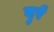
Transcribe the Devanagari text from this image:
दुर्र